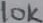
Text: 10K